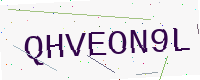
Text: QHVEON9L